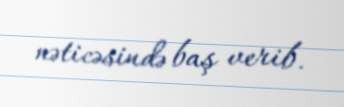
nəticəsində baş verib.